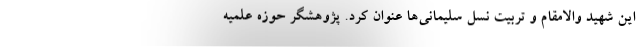
این شهید والامقام و تربیت نسل سلیمانی‌ها عنوان کرد. پژوهشگر حوزه علمیه